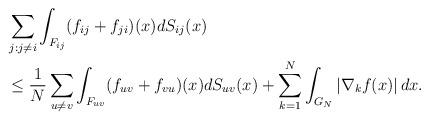
LaTeX: \begin{align*} & \sum_{j:j\neq i}\int_{F_{ij}}(f_{ij}+f_{ji})(x)dS_{ij}(x)\\ & \le\frac{1}{N}\sum_{u\neq v}\int_{F_{uv}}(f_{uv}+f_{vu})(x)dS_{uv}(x)+\sum_{k=1}^{N}\int_{G_{N}}\left|\nabla_{k}f(x)\right|dx.\end{align*}